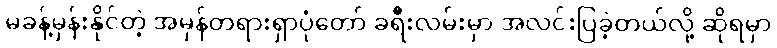
မခန့်မှန်းနိုင်တဲ့ အမှန်တရားရှာပုံတော် ခရီးလမ်းမှာ အလင်းပြခဲ့တယ်လို့ ဆိုရမှာ